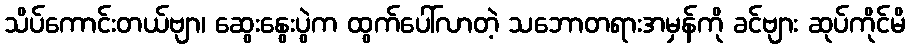
သိပ်ကောင်းတယ်ဗျာ၊ ဆွေးနွေးပွဲက ထွက်ပေါ်လာတဲ့ သဘောတရားအမှန်ကို ခင်ဗျား ဆုပ်ကိုင်မိ